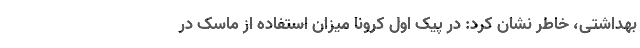
بهداشتی، خاطر نشان کرد: در پیک اول کرونا میزان استفاده از ماسک در